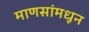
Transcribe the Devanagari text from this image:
माणसांमधून